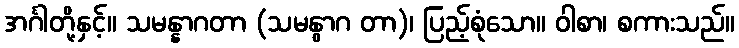
အင်္ဂါတို့နှင့်။ သမန္နာဂတာ (သမနွာဂ တာ)၊ ပြည့်စုံသော။ ဝါစာ၊ စကားသည်။